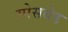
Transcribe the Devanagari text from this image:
स्पेसबेड